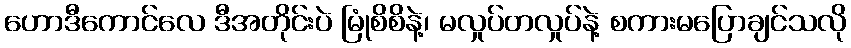
ဟောဒီကောင်လေ ဒီအတိုင်းပဲ မြုံစိစိနဲ့၊ မလှုပ်တလှုပ်နဲ့ စကားမပြောချင်သလို